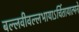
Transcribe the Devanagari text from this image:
बल्लवीवल्लभायाऽर्चितायात्मने